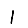
Digit: 1